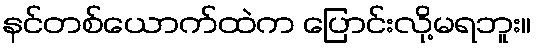
နင်တစ်ယောက်ထဲက ပြောင်းလို့မရဘူး။